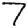
Digit: 7